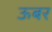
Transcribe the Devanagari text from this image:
ऊबर